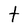
Character: t